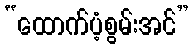
“ထောက်ပံ့စွမ်းအင်”